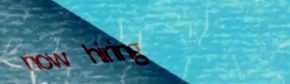
now hiring